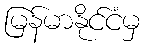
မြန်မာနိုင်ငံမှ